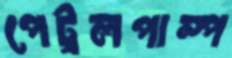
পেট্রলপাম্প